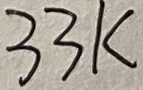
Text: 33K